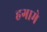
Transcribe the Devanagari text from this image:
हगामे